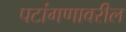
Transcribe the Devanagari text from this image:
पटांगणावरील